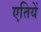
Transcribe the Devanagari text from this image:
एतियें